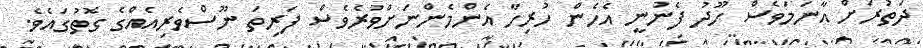
ދަތުރަށް އާނަމަވެސް ހޫދު ފެނުނީ އެހެން ހުރިހާ އެންމެންނަށްވުރެވެސް ފަރިތަ ނޫސްވެރިއެއްގެ ގޮތުގައެވެ.